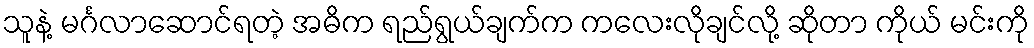
သူနဲ့ မင်္ဂလာဆောင်ရတဲ့ အဓိက ရည်ရွယ်ချက်က ကလေးလိုချင်လို့ ဆိုတာ ကိုယ် မင်းကို